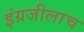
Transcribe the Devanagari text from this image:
इंग्रजीलाच